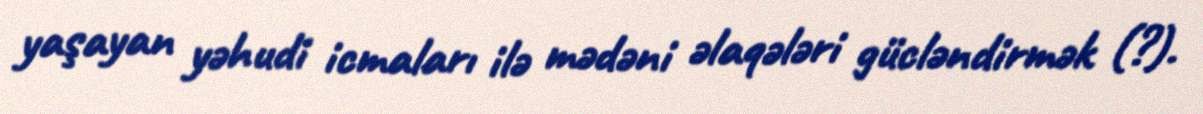
yaşayan yəhudi icmaları ilə mədəni əlaqələri gücləndirmək (?).